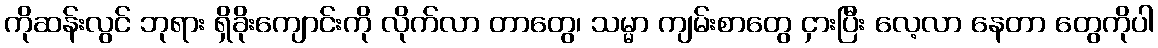
ကိုဆန်းလွင် ဘုရား ရှိခိုးကျောင်းကို လိုက်လာ တာတွေ၊ သမ္မာ ကျမ်းစာတွေ ငှားပြီး လေ့လာ နေတာ တွေကိုပါ